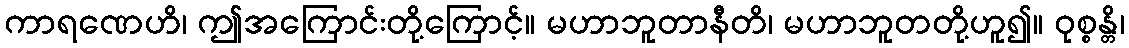
ကာရဏေဟိ၊ ဤအကြောင်းတို့ကြောင့်။ မဟာဘူတာနီတိ၊ မဟာဘူတတို့ဟူ၍။ ဝုစ္စန္တိ၊